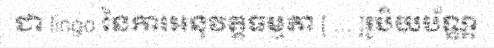
ជា lingo នៃការអនុវត្តធម្មតា [ ... ]រូបិយប័ណ្ណ